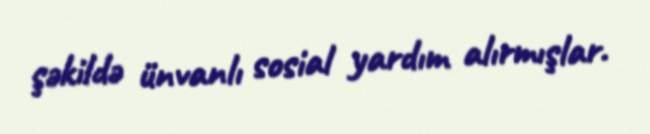
şəkildə ünvanlı sosial yardım alırmışlar.